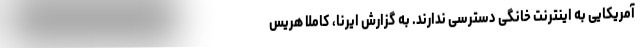
آمریکایی به اینترنت خانگی دسترسی ندارند. به گزارش ایرنا، کاملا هریس